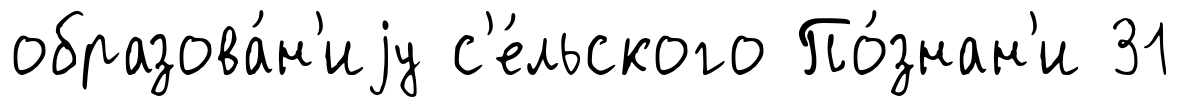
образова́н'иjу с'е́льского По́знан'и 31